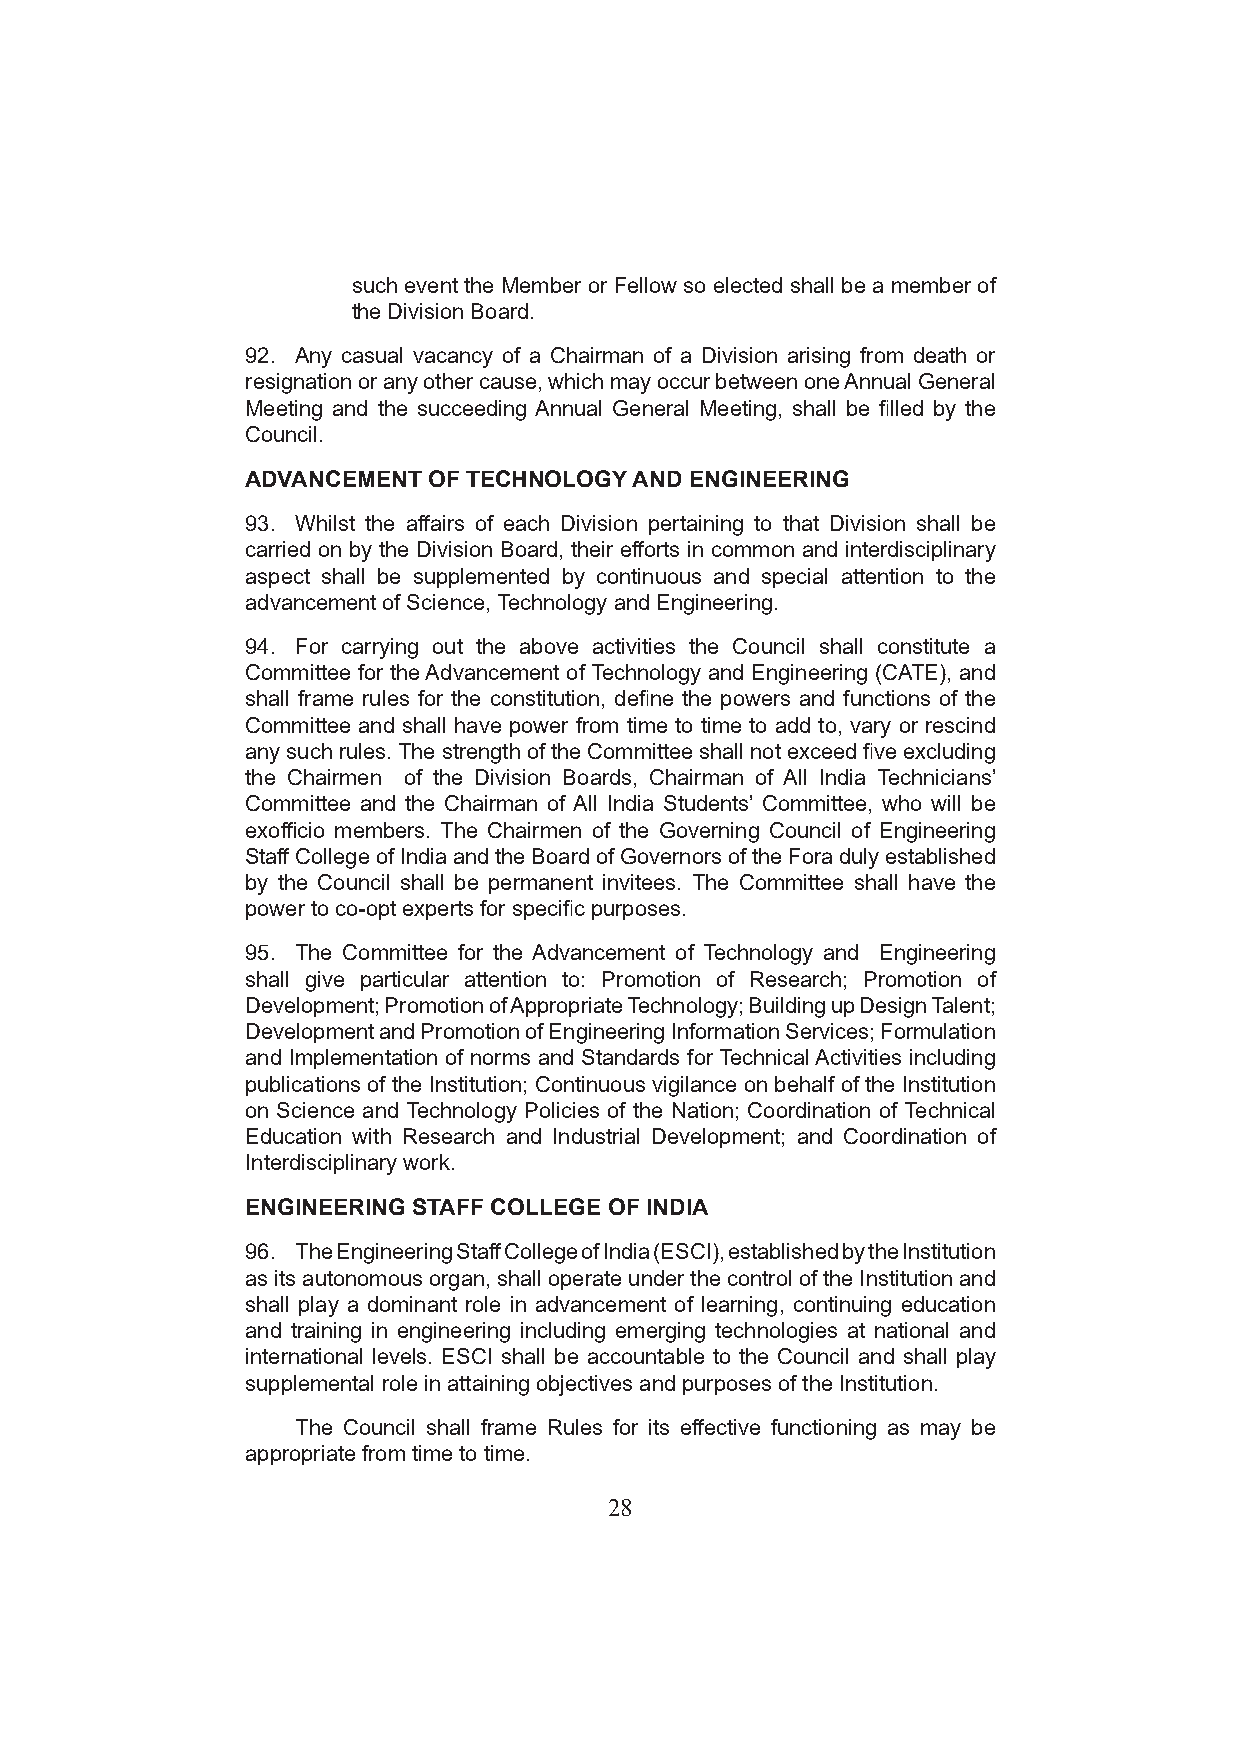
such event the Member or Fellow so elected shall be a member of
 the Division Board.
 92. Any casual vacancy of a Chairman of a Division arising from death or
 resignation or any other cause, which may occur between one Annual General
 Meeting and the succeeding Annual General Meeting, shall be filled by the
 Council.
 ADVANCEMENT OF TECHNOLOGY AND ENGINEERING
 93. Whilst the affairs of each Division pertaining to that Division shall be
 carried on by the Division Board, their efforts in common and interdisciplinary
 aspect shall be supplemented by continuous and special attention to the
 advancement of Science, Technology and Engineering.
 94. For carrying out the above activities the Council shall constitute a
 Committee for the Advancement of Technology and Engineering (CATE), and
 shall frame rules for the constitution, define the powers and functions of the
 Committee and shall have power from time to time to add to, vary or rescind
 any such rules. The strength of the Committee shall not exceed five excluding
 the Chairmen of the Division Boards, Chairman of All India Technicians’
 Committee and the Chairman of All India Students’ Committee, who will be
 exofficio members. The Chairmen of the Governing Council of Engineering
 Staff College of India and the Board of Governors of the Fora duly established
 by the Council shall be permanent invitees. The Committee shall have the
 power to co-opt experts for specific purposes.
 95. The Committee for the Advancement of Technology and Engineering
 shall give particular attention to: Promotion of Research; Promotion of
 Development; Promotion of Appropriate Technology; Building up Design Talent;
 Development and Promotion of Engineering Information Services; Formulation
 and Implementation of norms and Standards for Technical Activities including
 publications of the Institution; Continuous vigilance on behalf of the Institution
 on Science and Technology Policies of the Nation; Coordination of Technical
 Education with Research and Industrial Development; and Coordination of
 Interdisciplinary work.
 ENGINEERING STAFF COLLEGE OF INDIA
 96. The Engineering Staff College of India (ESCI), established by the Institution
 as its autonomous organ, shall operate under the control of the Institution and
 shall play a dominant role in advancement of learning, continuing education
 and training in engineering including emerging technologies at national and
 international levels. ESCI shall be accountable to the Council and shall play
 supplemental role in attaining objectives and purposes of the Institution.
 The Council shall frame Rules for its effective functioning as may be
 appropriate from time to time.
 28